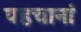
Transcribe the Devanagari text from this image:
पहचानां